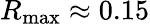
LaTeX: R_{\mathrm{max}}\approx 0.15